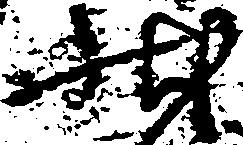
状